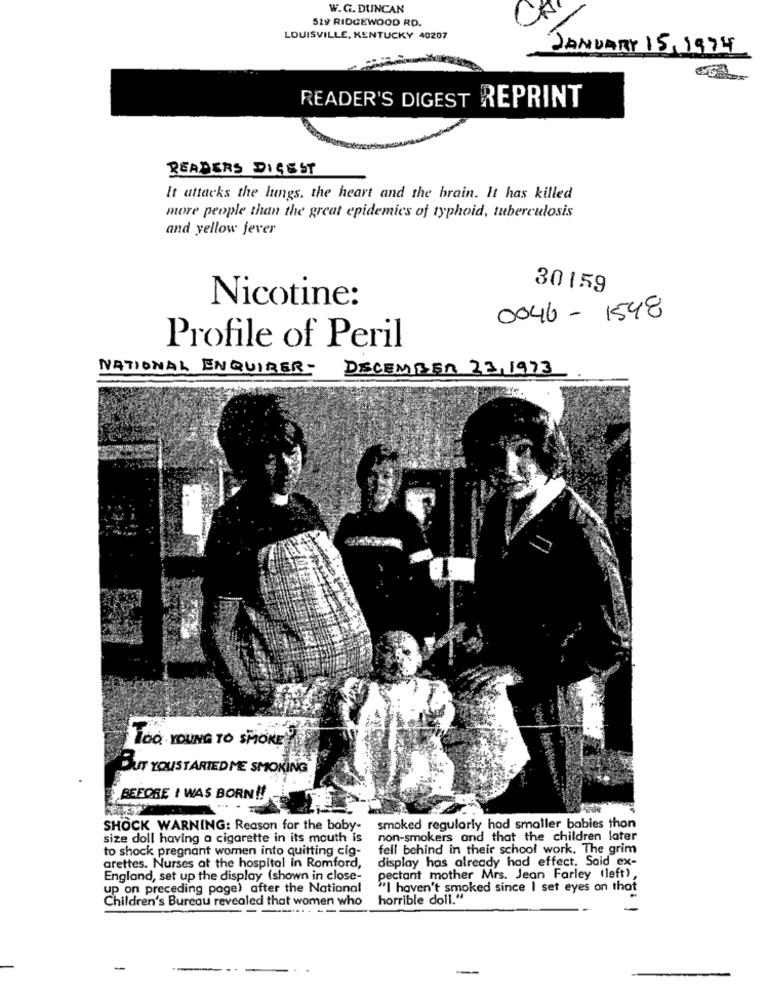
W.G. DUNCAN
519 RIDGEWOOD RD.
CA
LOUISVILLE, KENTUCKY 40207
JANUARY 15,1974
READER'S DIGEST REPRINT
READERS DIGEST
It attacks the lungs, the heart and the brain. It has killed
more people than the great epidemics of typhoid, tuberculosis
and yellow fever
30159
Nicotine:
0046- 1548
Profile of Peril
NATIONAL ENQUIRER- DECEMBER 23, 1973
TOO YOUNG TO SMOKE
BUT YOUSTARTED ME SMOKING
BEFORE I WAS BORN !!
SHOCK WARNING: Reason for the baby-
smoked regularly had smaller babies thon
size doll having a cigarette in its mouth is
non-smokers and that the children later
to shock pregnant women into quitting cig-
fell behind in their school work. The grim
display has already had effect. Said ex-
arettes. Nurses at the hospital in Romford,
England, set up the display (shown in close-
pectant mother Mrs. Jean Farley (left),
up on preceding page) after the National
"I haven't smoked since I set eyes on that
Children's Bureau revealed that women who
horrible doll."
-